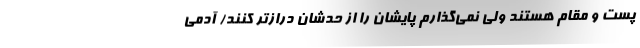
پست و مقام هستند ولی نمی‌گذارم پایشان را از حدشان درازتر کنند/ آدمی